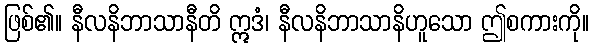
ဖြစ်၏။ နီလနိဘာသာနီတိ ဣဒံ၊ နီလနိဘာသာနိဟူသော ဤစကားကို။